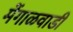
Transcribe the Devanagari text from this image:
मेंगाळवाडी